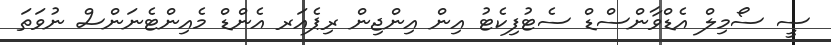
ސީ ސޯމިލް އެޑްވާންސްޑް ސެޓުފިކެޓު އިން އިންޖިން ރިޕެއަރ އެންޑް މެއިންޓެނަންސް ނުވަތަ